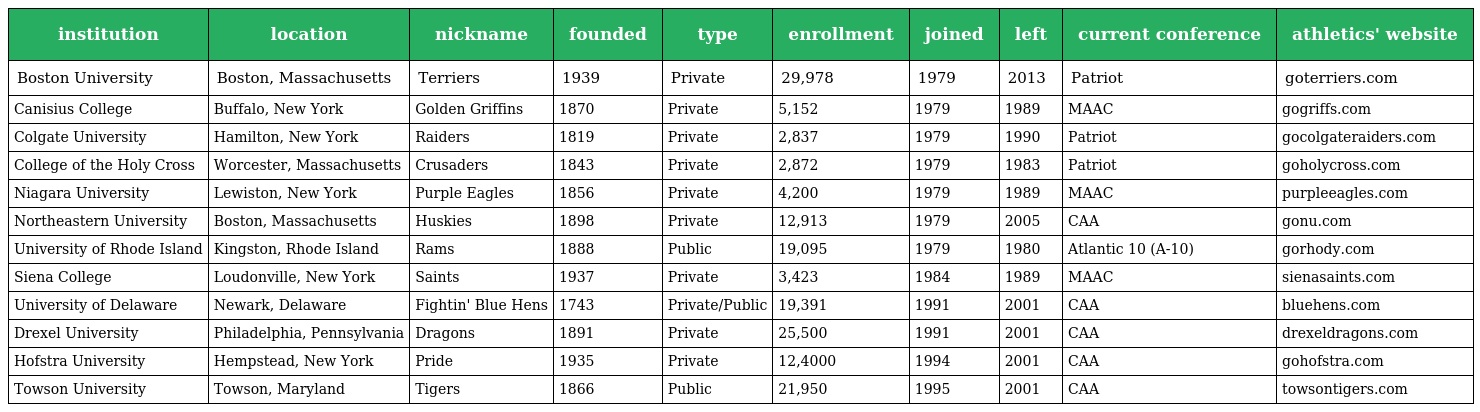
| institution | location | nickname | founded | type | enrollment | joined | left | current conference | athletics' website |
 | --- | --- | --- | --- | --- | --- | --- | --- | --- | --- |
 | Boston University | Boston, Massachusetts | Terriers | 1939 | Private | 29,978 | 1979 | 2013 | Patriot | goterriers.com |
 | Canisius College | Buffalo, New York | Golden Griffins | 1870 | Private | 5,152 | 1979 | 1989 | MAAC | gogriffs.com |
 | Colgate University | Hamilton, New York | Raiders | 1819 | Private | 2,837 | 1979 | 1990 | Patriot | gocolgateraiders.com |
 | College of the Holy Cross | Worcester, Massachusetts | Crusaders | 1843 | Private | 2,872 | 1979 | 1983 | Patriot | goholycross.com |
 | Niagara University | Lewiston, New York | Purple Eagles | 1856 | Private | 4,200 | 1979 | 1989 | MAAC | purpleeagles.com |
 | Northeastern University | Boston, Massachusetts | Huskies | 1898 | Private | 12,913 | 1979 | 2005 | CAA | gonu.com |
 | University of Rhode Island | Kingston, Rhode Island | Rams | 1888 | Public | 19,095 | 1979 | 1980 | Atlantic 10 (A-10) | gorhody.com |
 | Siena College | Loudonville, New York | Saints | 1937 | Private | 3,423 | 1984 | 1989 | MAAC | sienasaints.com |
 | University of Delaware | Newark, Delaware | Fightin' Blue Hens | 1743 | Private/Public | 19,391 | 1991 | 2001 | CAA | bluehens.com |
 | Drexel University | Philadelphia, Pennsylvania | Dragons | 1891 | Private | 25,500 | 1991 | 2001 | CAA | drexeldragons.com |
 | Hofstra University | Hempstead, New York | Pride | 1935 | Private | 12,4000 | 1994 | 2001 | CAA | gohofstra.com |
 | Towson University | Towson, Maryland | Tigers | 1866 | Public | 21,950 | 1995 | 2001 | CAA | towsontigers.com |